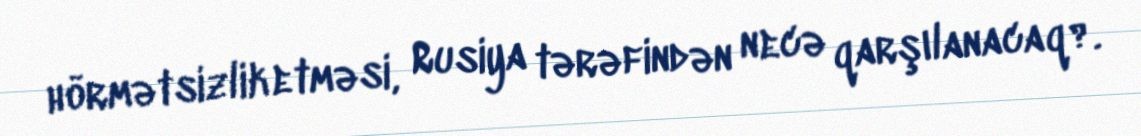
hörmətsizlik etməsi, Rusiya tərəfindən necə qarşılanacaq?.